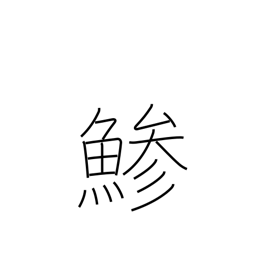
Meaning: horse mackerel